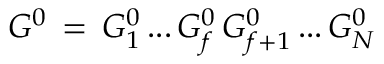
G ^ { 0 } \, = \, G _ { 1 } ^ { 0 } \, . . . \, G _ { f } ^ { 0 } \, G _ { f + 1 } ^ { 0 } \, . . . \, G _ { N } ^ { 0 }